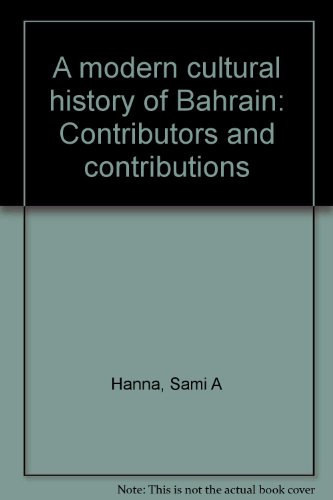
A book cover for A modern cultural history of Bahrain: Contributors and contributions; Sami A Hanna; History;